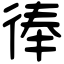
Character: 𢔓